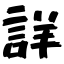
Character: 詳